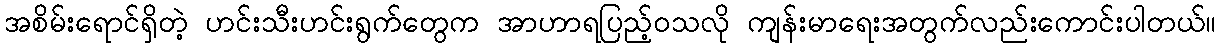
အစိမ်းရောင်ရှိတဲ့ ဟင်းသီးဟင်းရွက်တွေက အာဟာရပြည့်ဝသလို ကျန်းမာရေးအတွက်လည်းကောင်းပါတယ်။